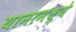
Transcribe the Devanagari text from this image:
यानामध्ये